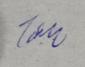
Signature authenticity: genuine